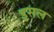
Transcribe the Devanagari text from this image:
इसल